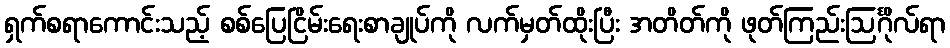
ရှက်စရာကောင်းသည့် စစ်ပြေငြိမ်းရေးစာချုပ်ကို လက်မှတ်ထိုးပြီး အတိတ်ကို ဖုတ်ကြည်းဩင်္ဂိုလ်ရာ